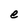
Character: e